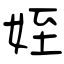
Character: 姪